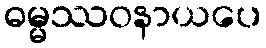
ဓမ္မဿဝနာယပေ